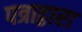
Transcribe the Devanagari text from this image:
पत्राद्वारा